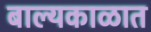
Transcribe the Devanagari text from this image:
बाल्यकाळात